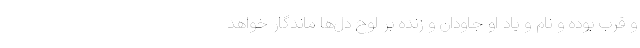
و قُرب بوده و نام و یاد او جاودان و زنده بر لوح دل‌ها ماندگار خواهد